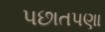
પછાતપણા